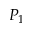
P _ { 1 }